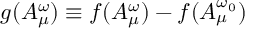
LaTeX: g ( A _ { \mu } ^ { \omega } ) \equiv f ( A _ { \mu } ^ { \omega } ) - f ( A _ { \mu } ^ { \omega _ { 0 } } )